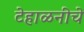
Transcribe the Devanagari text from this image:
टेहाळनीचे